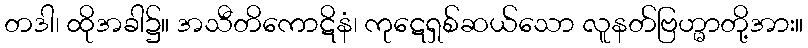
တဒါ၊ ထိုအခါ၌။ အသီတိကောဋိနံ၊ ကုဋေရှစ်ဆယ်သော လူနတ်ဗြဟ္မာတို့အား။